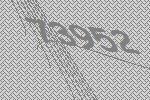
73952